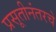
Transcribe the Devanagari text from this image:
प्रसूतीनंतरचे